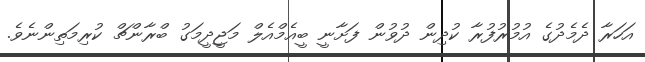
އަހަރާ ދެމެދުގެ އުމުރުފުރާ ކުދިން ދުވުން ފަށާނީ ބީއެމްއެލް މަޖީދީމަގު ބްރާންޗް ކުރިމަތިންނެވެ.